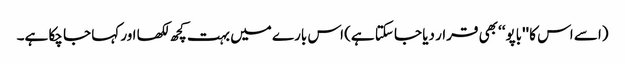
(اسے اس کا ''باپو‘‘ بھی قرار دیا جا سکتا ہے) اس بارے میں بہت کچھ لکھا اور کہا جا چکا ہے۔